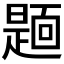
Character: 𮧏